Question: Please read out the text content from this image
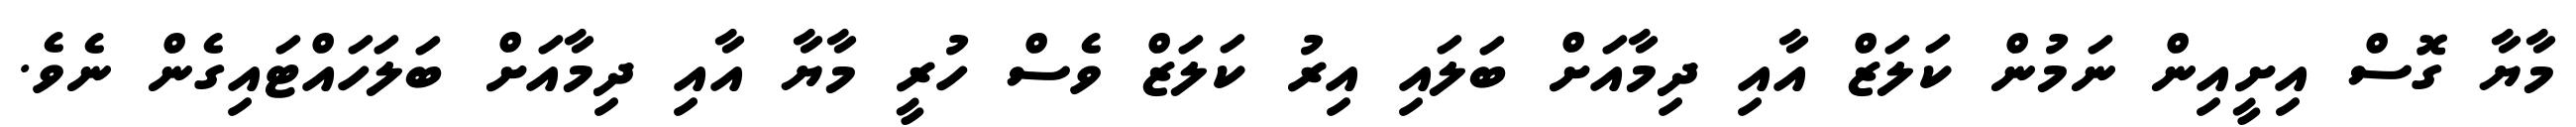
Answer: މާޔާ ގޮސް އިށީއިން ނަމުން ކަލަޒް އާއި ދިމާއަށް ބަލައި އިރު ކަލަޒް ވެސް ހުރީ މާޔާ އާއި ދިމާއަށް ބަލަހައްޓައިގެން ނެވެ.